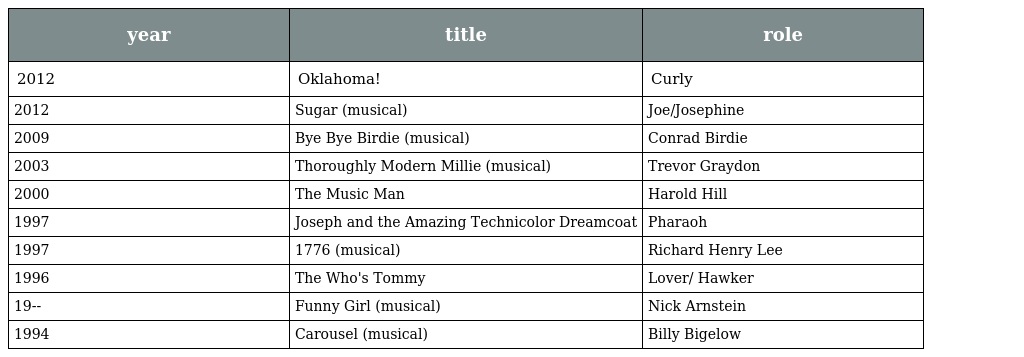
| year | title | role |
 | --- | --- | --- |
 | 2012 | Oklahoma! | Curly |
 | 2012 | Sugar (musical) | Joe/Josephine |
 | 2009 | Bye Bye Birdie (musical) | Conrad Birdie |
 | 2003 | Thoroughly Modern Millie (musical) | Trevor Graydon |
 | 2000 | The Music Man | Harold Hill |
 | 1997 | Joseph and the Amazing Technicolor Dreamcoat | Pharaoh |
 | 1997 | 1776 (musical) | Richard Henry Lee |
 | 1996 | The Who's Tommy | Lover/ Hawker |
 | 19-- | Funny Girl (musical) | Nick Arnstein |
 | 1994 | Carousel (musical) | Billy Bigelow |